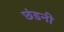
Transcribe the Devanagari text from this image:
छंडनी